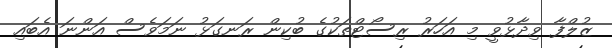
ޒުލްފާ ވިދާޅުވީ މި އަހަރު ރިސޯޓްތަކުގެ ބުކިން ރަނގަޅު ނަމަވެސް އަންނަ އެބައި